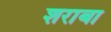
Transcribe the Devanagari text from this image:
शराबा